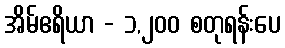
အိမ်ဧရိယာ - ၁,၂၀၀ စတုရန်းပေ